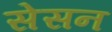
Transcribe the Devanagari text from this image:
सेसन